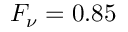
F _ { \nu } = 0 . 8 5